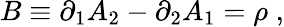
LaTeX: B\equiv\partial_{1}A_{2}-\partial_{2}A_{1}=\rho\; ,